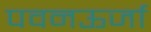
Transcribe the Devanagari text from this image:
पवनऊर्जा